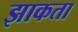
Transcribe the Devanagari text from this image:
झाकता